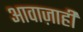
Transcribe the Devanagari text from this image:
आवाज़ाही